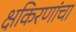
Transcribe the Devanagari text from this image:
क्षकिरणांचा